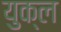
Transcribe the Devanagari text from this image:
युक्ल